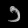
Digit: ၁